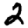
Digit: 2